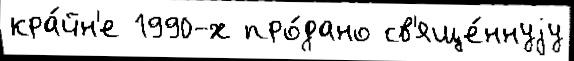
кра́йн'е 1990-х про́дано св'яще́ннуjу